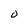
Character: O